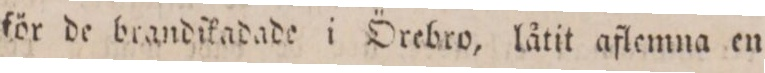
för de brandſkadade i Örebro, låtit aflemna en